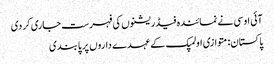
آئی او سی نے نمائندہ فیڈریشنوں کی فہرست جاری کردی
پاکستان: متوازی اولمپک کے عہدے داروں پر پابندی